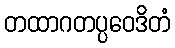
တထာဂတပ္ပဝေဒိတံ